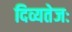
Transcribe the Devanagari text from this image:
दिव्यतेजः